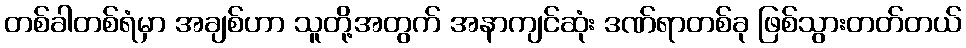
တစ်ခါတစ်ရံမှာ အချစ်ဟာ သူတို့အတွက် အနာကျင်ဆုံး ဒဏ်ရာတစ်ခု ဖြစ်သွားတတ်တယ်